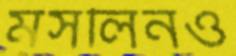
মসলিনও